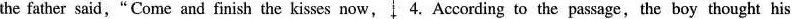
the father said,"Come and finish the kisses now,4.According to the passage,the boy thought his